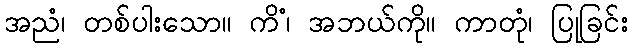
အညံ၊ တစ်ပါးသော။ ကိံ၊ အဘယ်ကို။ ကာတုံ၊ ပြုခြင်း